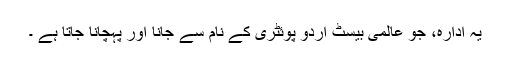
یہ ادارہ، جو عالمی بیسٹ اردو پوئٹری کے نام سے جانا اور پہچانا جاتا ہے ۔